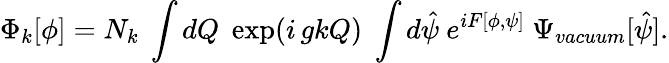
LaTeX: \Phi_{k}[\phi]=N_{k}~\int dQ\; \exp(i\, gkQ)\; \int d\hat{\psi}~e^{iF[\phi,\psi]}~\Psi_{vacuum}[\hat{\psi}].